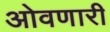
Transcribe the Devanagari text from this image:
ओवणारी